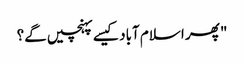
" پھر اسلام آباد کیسے پہنچیں گے؟